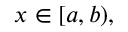
x \in [ a , b ) ,